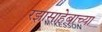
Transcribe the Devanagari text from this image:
रझासाहेबाच्या